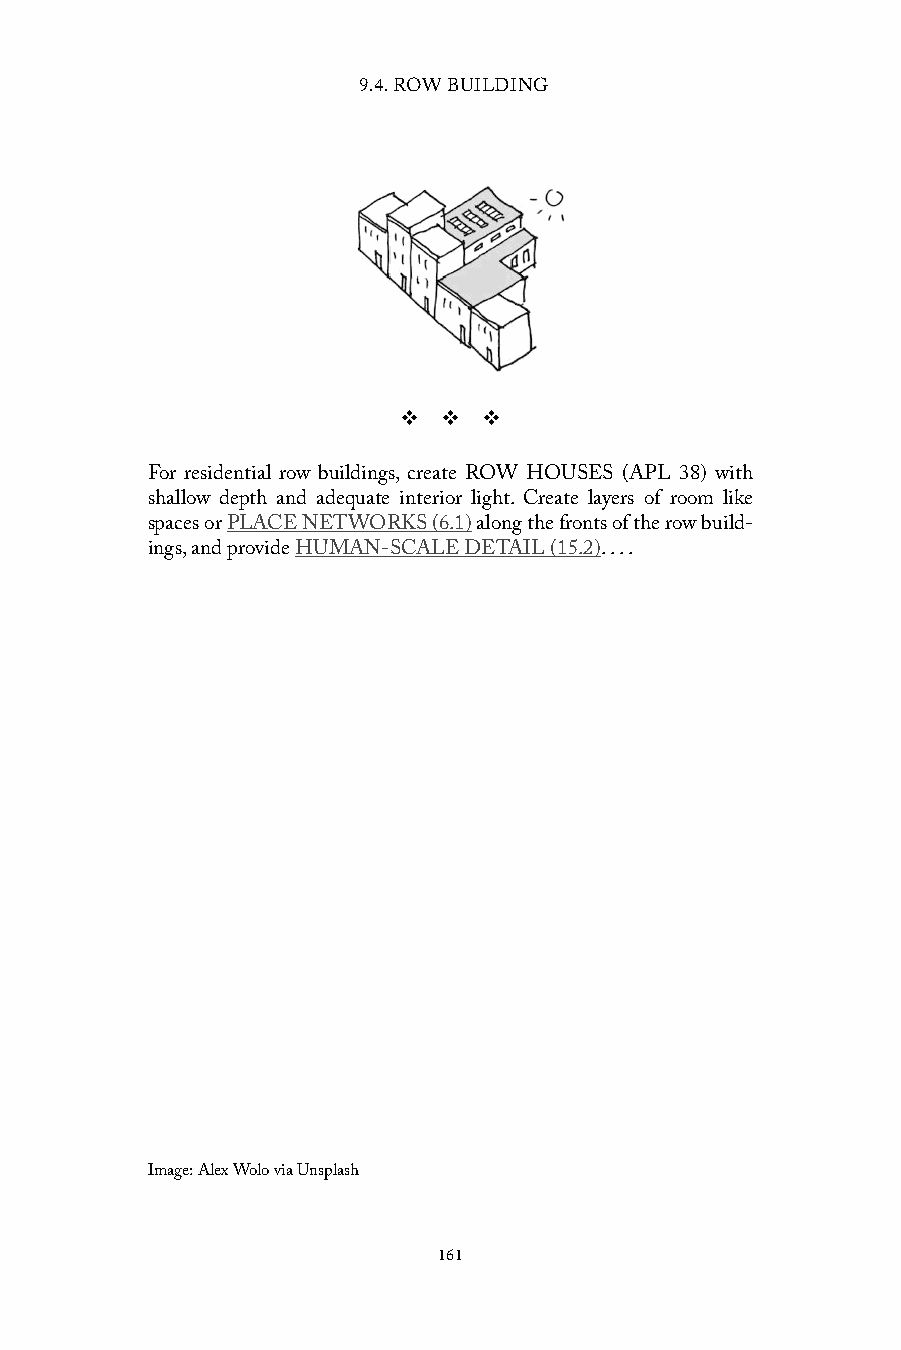
9.4. ROW BUILDING
 v  v  v
 For residential row buildings, create ROW HOUSES (APL 38) with
 shallow depth and adequate interior light. Create layers of room like
 spaces or PLACE NETWORKS (6.1) along the fronts of the row build-
 ings, and provide HUMAN-SCALE DETAIL (15.2). . . .
 Image: Alex Wolo via Unsplash
 161